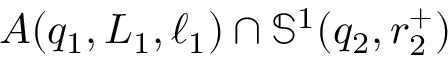
A \! \left( q _ { 1 } , L _ { 1 } , \ell _ { 1 } \right) \cap \mathbb { S } ^ { 1 } ( q _ { 2 } , r _ { 2 } ^ { + } )